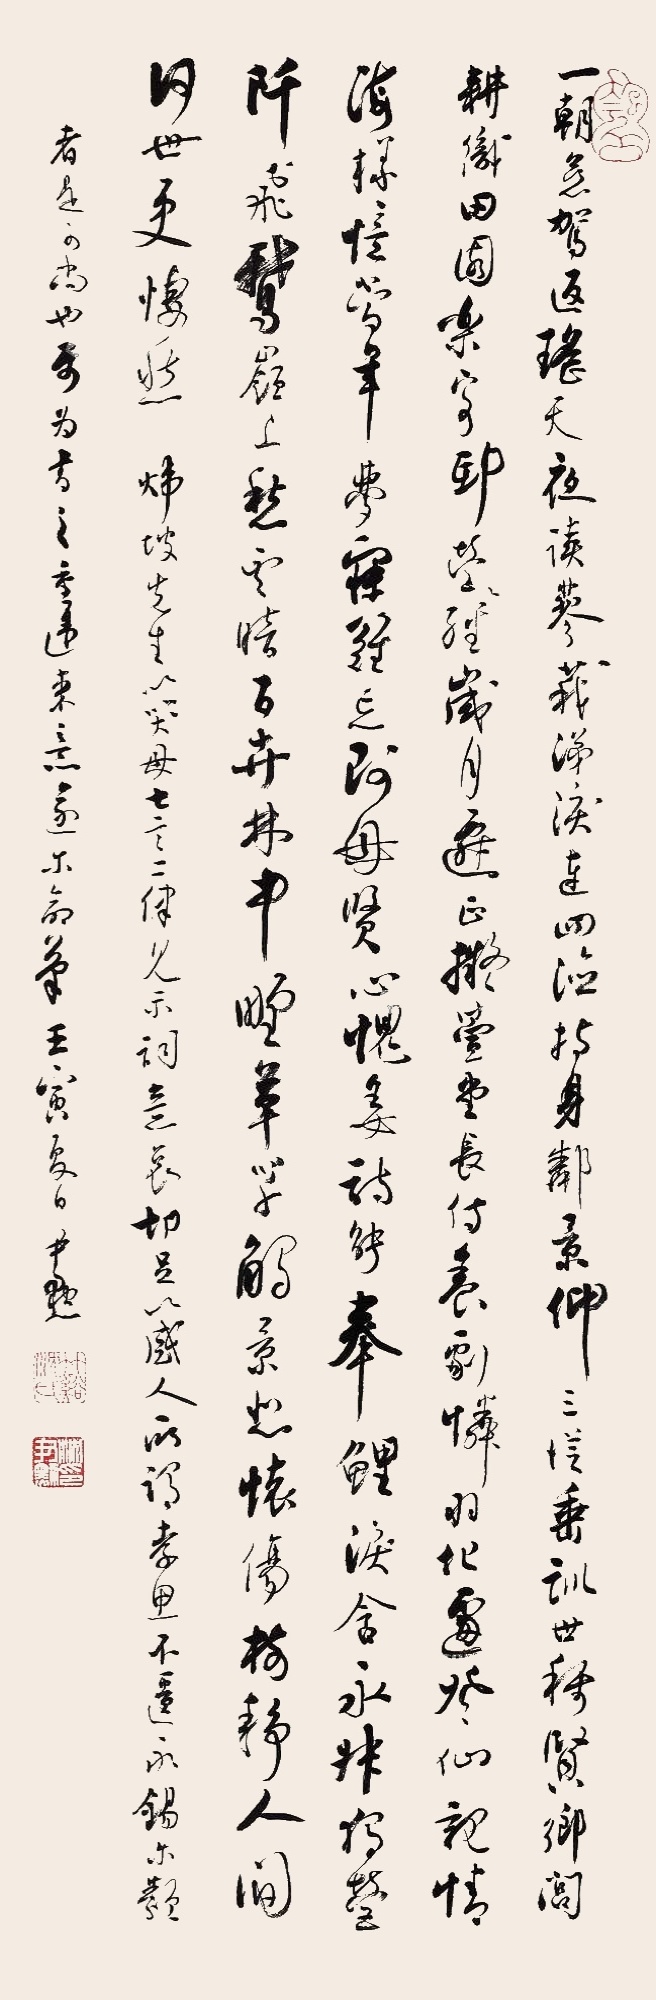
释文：一朝慈驾返瑶天，夜读蓼莪涕泪连。四险持身邻景仰，三从垂训世称贤。乡闾耕织田园乐，寄邱营经岁月迁。正拟萱堂长侍养，剧怜羽化遽登仙。亲情海样忆当年，梦寐难忘阿母贤。心愧姜诗能奉鲤，泪含永叔独莹阡。飞鹅岭上愁云暗，百卉林中野草芊。触景悲怀伤树静，人间何世更凄愁。炜坡先生以哭母七言二律见示，词意哀切，足以感人，所谓孝思不匮，永锡尔类者是可尚也。属为书之，重违束意遂尔命笔，壬寅夏日尹默。